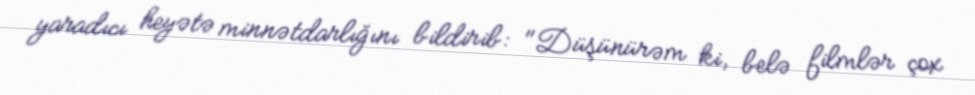
yaradıcı heyətə minnətdarlığını bildirib: "Düşünürəm ki, belə filmlər çox